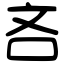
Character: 吝